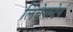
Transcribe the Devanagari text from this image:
लिंचेनस्टेन